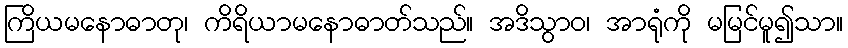
ကြိယမနောဓာတု၊ ကိရိယာမနောဓာတ်သည်။ အဒိသွာဝ၊ အာရုံကို မမြင်မူ၍သာ။